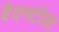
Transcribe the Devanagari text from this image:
वैदनटोला